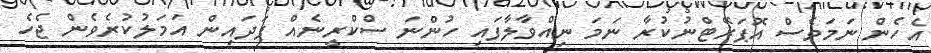
އެހެން ނަމަވެސް އޮޕަރޭޓްނުކުރާ ނަމަ ނިއްވާލާފައި ހުންނަ ސްކްރީނެއް ފަދައިން އަމަލުކުރެވެން ޖެހެ